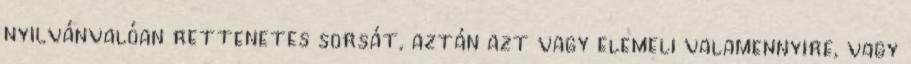
nyilvánvalóan rettenetes sorsát, aztán azt vagy elemeli valamennyire, vagy